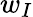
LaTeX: w_{I}